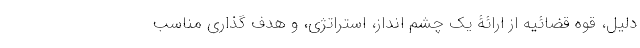
دلیل، قوه قضائیه از ارائۀ یک چشم انداز، استراتژی، و هدف گذاری مناسب